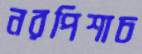
নরপিশাচ